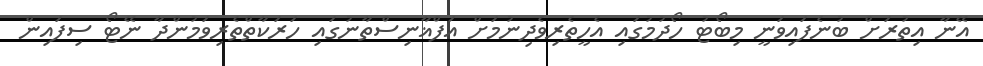
އޭނާ އިތުރަށް ބުނެފައިވަނީ މިބޯޓު ހޯދުމުގައި އެހީތެރިވެދިނުމަށް އަފްޣާނިސްތާނުގައި ހަރަކާތްތެރިވަމުންދާ ނޭޓޯ ސިފައިން